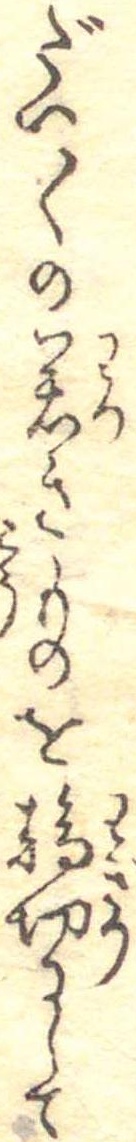
だい〱の若きものを輪切にして